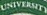
UNIVERSITY